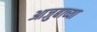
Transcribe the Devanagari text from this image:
आजुबाच्या